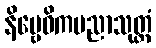
နိဗ္ဗေဓိကပညာသုတ္တံ